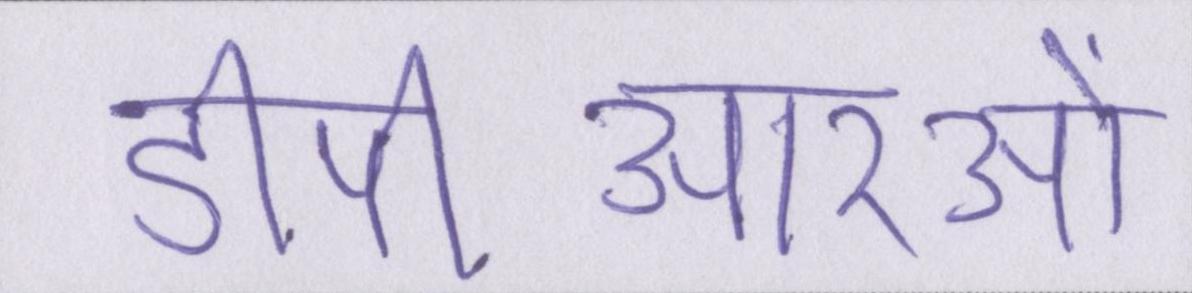
डीपीआरओं